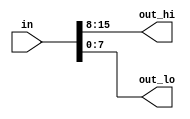
module top_module( 
    input wire [15:0] in,
    output wire [7:0] out_hi,
    output wire [7:0] out_lo );

    always @(in) begin
        out_hi <= in[15:8];
        out_lo <= in[7:0];
    end

endmodule